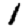
Digit: 1